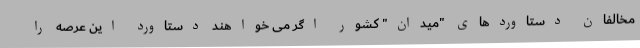
مخالفان دستاوردهای "میدان" کشور اگر می خواهند دستاورد این عرصه را